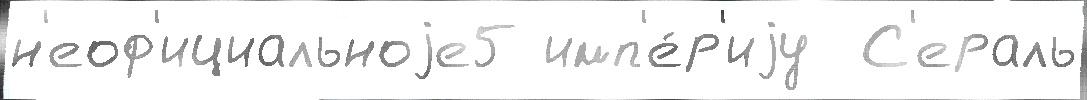
н'еоф'ициальноjе5 имп'е́р'иjу  С'ераль